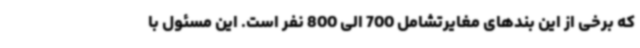
که برخی از این بندهای مغایرتشامل 700 الی 800 نفر است. این مسئول با